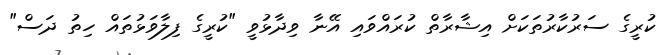
ކުރީގެ ސަރުކާރުތަކަށް އިޝާރާތް ކުރައްވައި އޭނާ ވިދާޅުވީ "ކުރީގެ ފިލާވަޅުތައް ހިތު ދަސް"